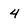
Character: 4